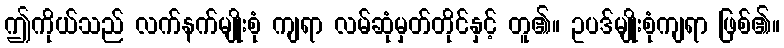
ဤကိုယ်သည် လက်နက်မျိုးစုံ ကျရာ လမ်ဆုံမှတ်တိုင်နှင့် တူ၏။ ဥပဒ်မျိုးစုံကျရာ ဖြစ်၏။